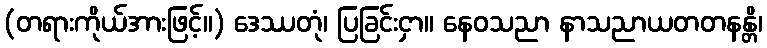
(တရားကိုယ်အားဖြင့်။) ဒေဿတုံ၊ ပြခြင်းငှာ။ နေဝသညာ နာသညာယတတနန္တိ၊